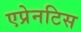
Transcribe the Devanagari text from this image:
एप्रेनटिस